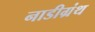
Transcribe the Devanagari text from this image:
नाडीग्रंथ